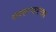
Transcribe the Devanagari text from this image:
स्वतःवरचा